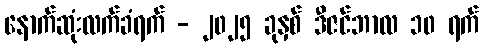
နောက်ဆုံးလက်ခံရက် - ၂၀၂၅ ခုနှစ် ဒီဇင်ဘာလ ၁၀ ရက်